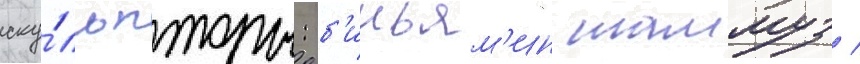
ску́льпторы: б'иньям'ин таммуз /